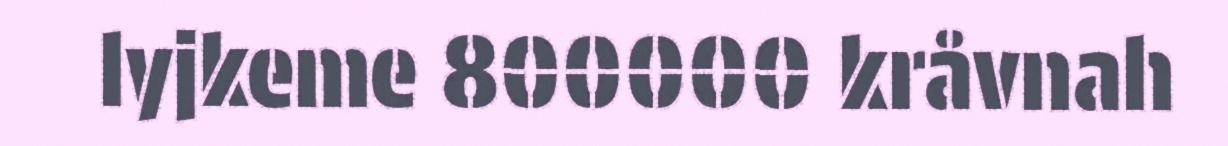
lyjkeme 800000 kråvnah